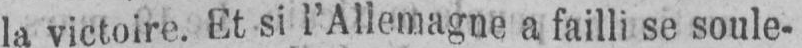
la victoire. Et si l’Allemagne a failli se soule-